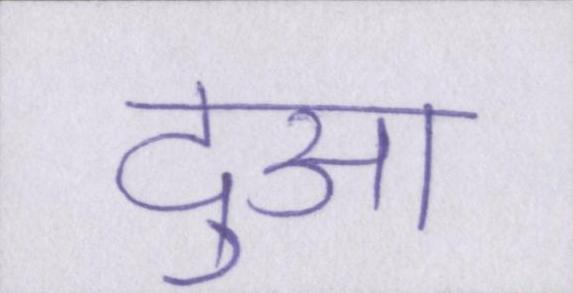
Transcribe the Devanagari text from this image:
दुआ